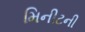
મિનીટની